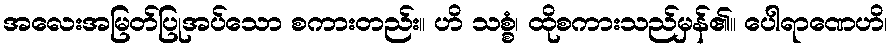
အလေးအမြတ်ပြုအပ်သော စကားတည်း။ ဟိ သစ္စံ၊ ထိုစကားသည်မှန်၏။ ပေါရာဏေဟိ၊